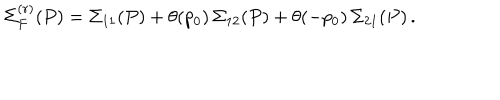
\Sigma _ { F } ^ { ( r ) } ( P ) = \Sigma _ { 1 1 } ( P ) + \theta ( p _ { 0 } ) \, \Sigma _ { 1 2 } ( P ) + \theta ( - p _ { 0 } ) \, \Sigma _ { 2 1 } ( P ) \, .